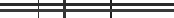
٤٠